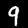
Digit: 9